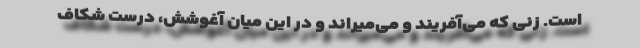
است. زنی که می‌آفریند و می‌میراند و در این میان آغوشش، درست شکاف